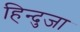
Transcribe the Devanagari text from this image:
हिन्दुजा